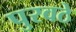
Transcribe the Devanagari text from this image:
पुरवठे